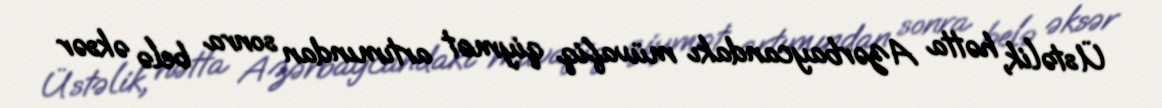
Üstəlik, hətta Azərbaycandakı müvafiq qiymət artımından sonra belə əksər